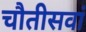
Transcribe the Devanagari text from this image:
चौतीसवां